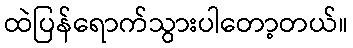
ထဲပြန်ရောက်သွားပါတော့တယ်။